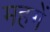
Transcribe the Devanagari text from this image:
महगें